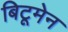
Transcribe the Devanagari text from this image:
बिटूमेन